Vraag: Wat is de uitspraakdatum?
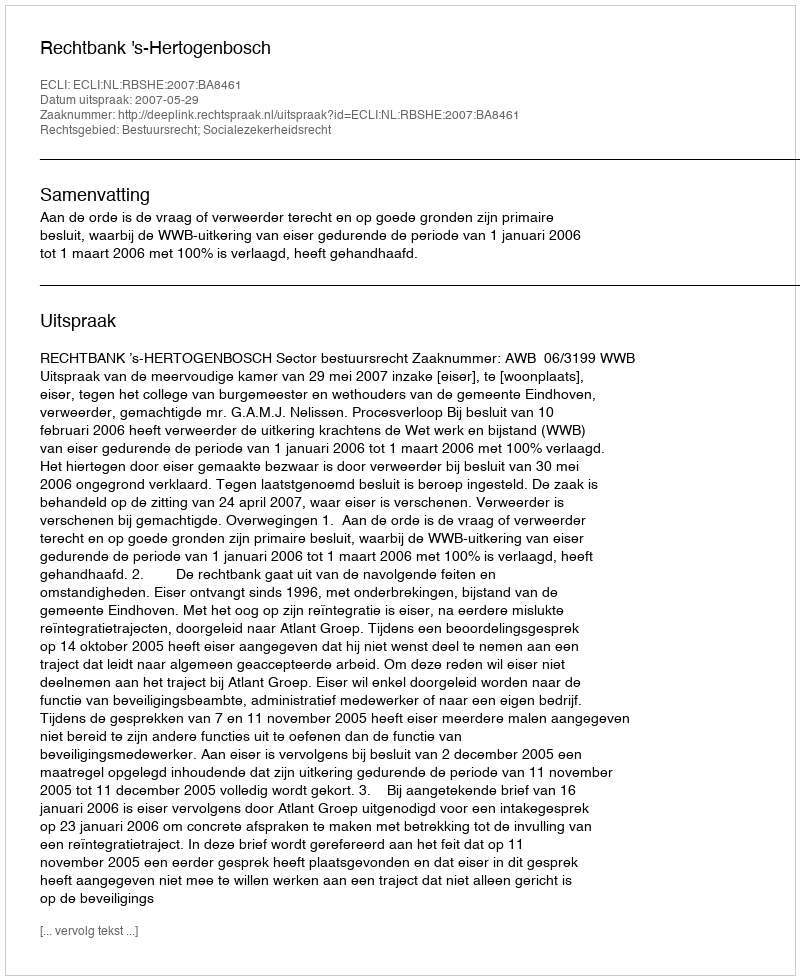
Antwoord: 2007-05-29